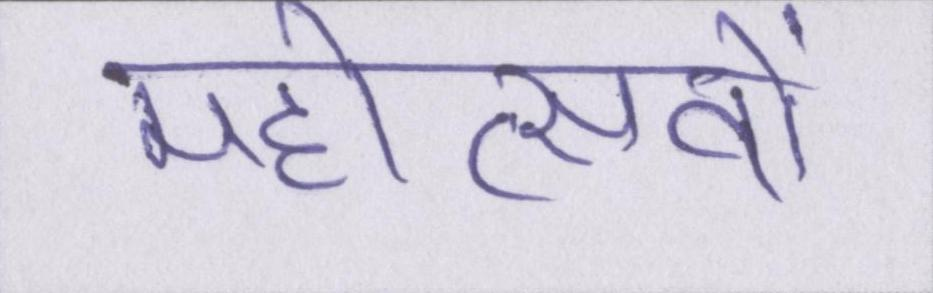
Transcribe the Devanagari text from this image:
महोत्सवों